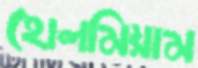
হোলমিয়াম